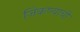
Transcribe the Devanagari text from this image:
जिकण्याची